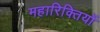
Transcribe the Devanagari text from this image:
महारिक्तियों